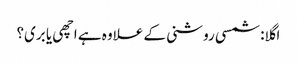
اگلا: شمسی روشنی کے علاوہ ہے اچھی یا بری؟